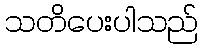
သတိပေးပါသည်